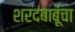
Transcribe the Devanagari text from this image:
शरदबाबूंचा